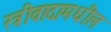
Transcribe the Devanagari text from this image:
स्त्रीवादामधील